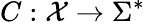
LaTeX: C:{\mathcal{X}}\rightarrow\Sigma^{*}